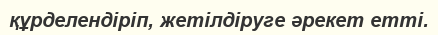
құрделендіріп, жетілдіруге әрекет етті.